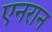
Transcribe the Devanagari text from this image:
एनरान